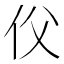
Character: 𠇑